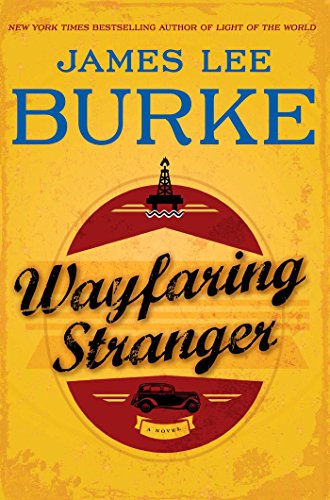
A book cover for Wayfaring Stranger: A Novel (A Holland Family Novel); James Lee Burke; Mystery, Thriller & Suspense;